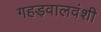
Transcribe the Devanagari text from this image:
गहड़वालवंशी